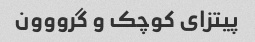
پیتزای کوچک و گرووون